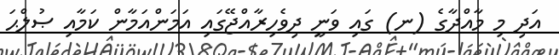
އަދި މި މާއްދާގެ (ނ) ގައި ވަނީ ދިވެހިރާއްޖޭގައި އަމަންއަމާން ކަމާއި ޞުލްޙަ